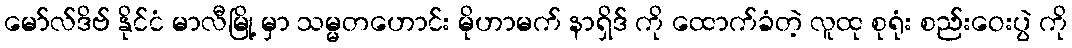
မော်လ်ဒိဗ် နိုင်ငံ မာလီမြို့ မှာ သမ္မတဟောင်း မိုဟာမက် နာရှိဒ် ကို ထောက်ခံတဲ့ လူထု စုရုံး စည်းဝေးပွဲ ကို